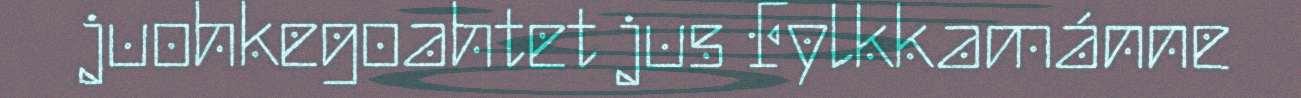
juohkegoahtet jus Fylkkamánne